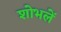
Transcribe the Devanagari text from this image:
शोभलें